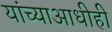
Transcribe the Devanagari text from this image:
यांच्याआधीही